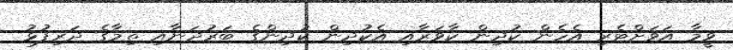
ވީމާ އަވަށްޓެރި އެހެން ކުދިން ކާވަރާއި އެކުދިން ކުދިންގެ ބަރުދަނާއި ތިމާގެ ދަރިފުޅު